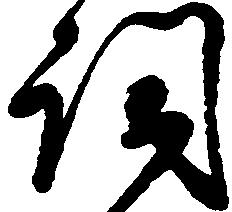
詞